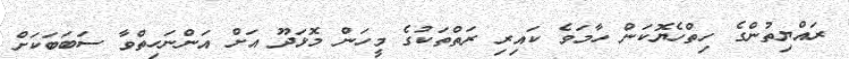
ރައްޔިތުންގެ ހިތްހެޔޮކަން ހާމަވެ ކައިރި ރަތްތަކުގެ މީހަން މޮޅަދޫ އަށް އަންނަހިތްވާ ސަބަބަކަށް